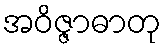
အဝိဇ္ဇာဓာတု